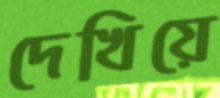
দেখিয়ে